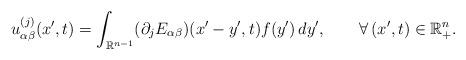
LaTeX: \begin{align*}u^{(j)}_{\alpha\beta}(x',t)=\int_{{\mathbb{R}}^{n-1}}(\partial_j E_{\alpha\beta})(x'-y',t)f(y')\,dy',\qquad\forall\,(x',t)\in{\mathbb{R}}^n_{+}.\end{align*}